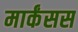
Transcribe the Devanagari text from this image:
मार्कंसस